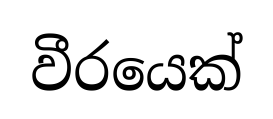
වීරයෙක්